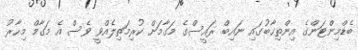
ބެޑްމިންޓަންގެ އިންތިޚާބުގައި ނައިބް ރައީސްގެ މަގާމަށް ކުރިމަތިލެއްވީ ވެސް އެ މަގާމް މިހާރު